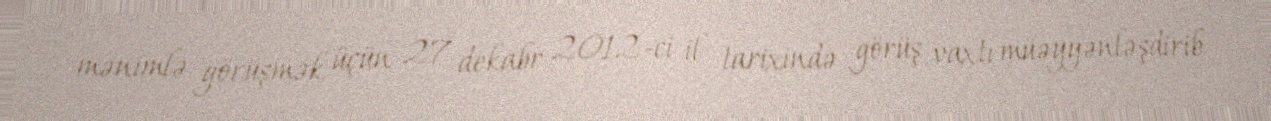
mənimlə görüşmək üçün 27 dekabr 2012-ci il tarixində görüş vaxtı müəyyənləşdirib